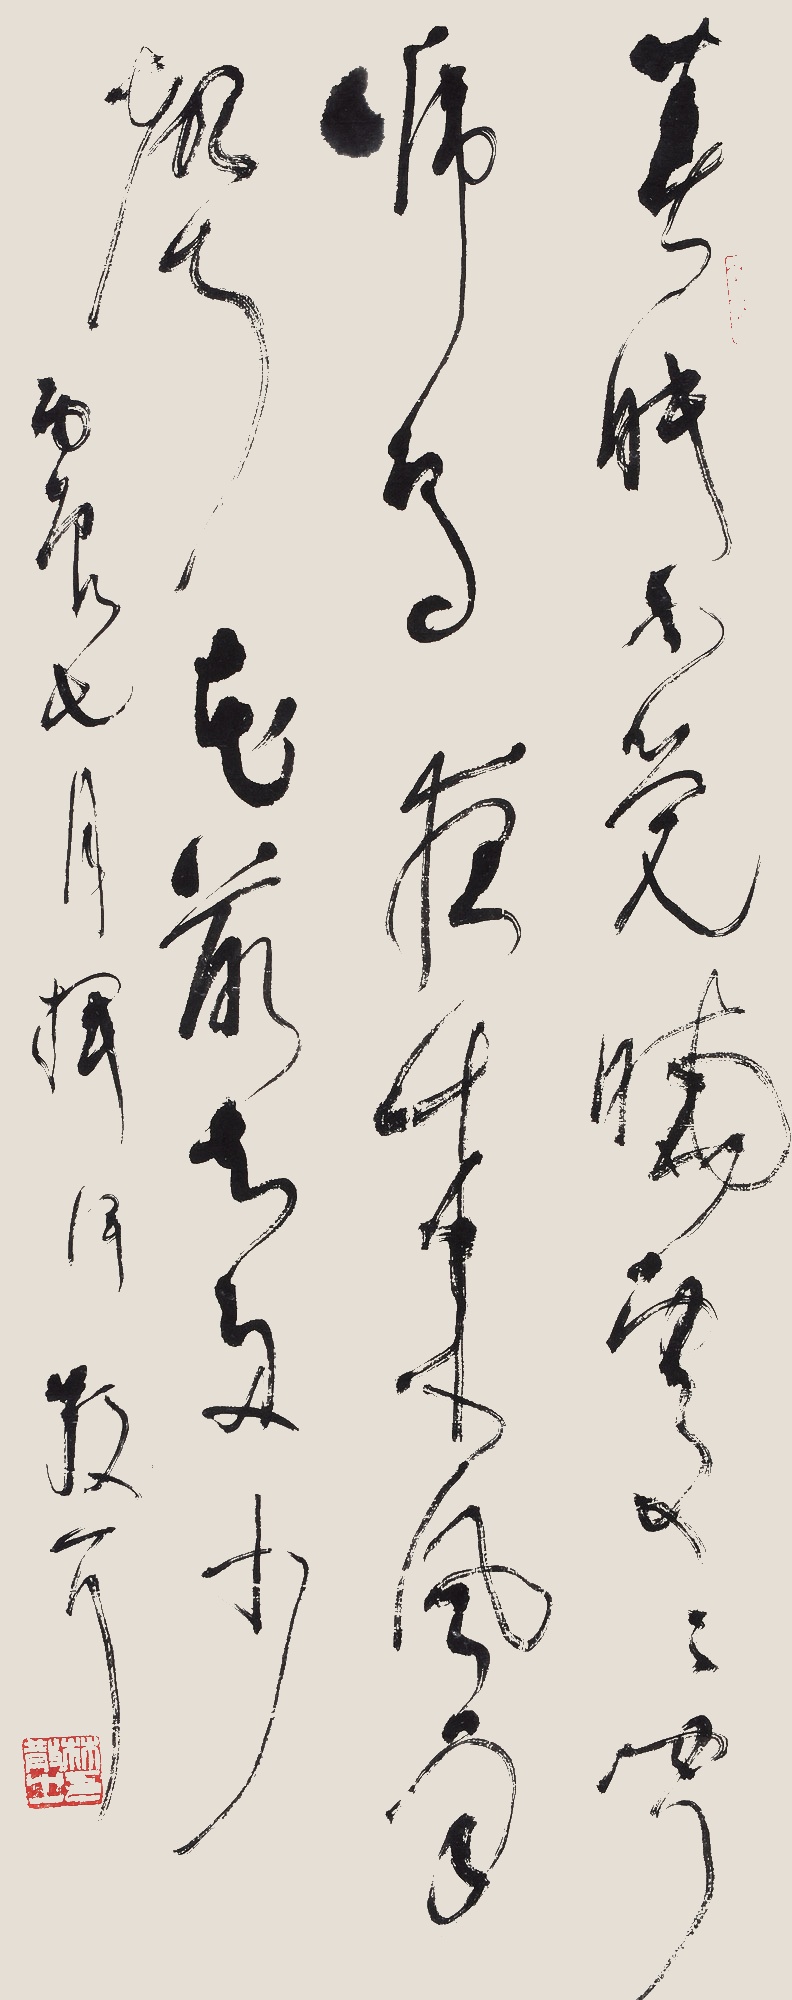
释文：春眠不觉晓，处处闻啼鸟。夜来风雨声，花落知多少。丙辰七月挥汗，散耳。